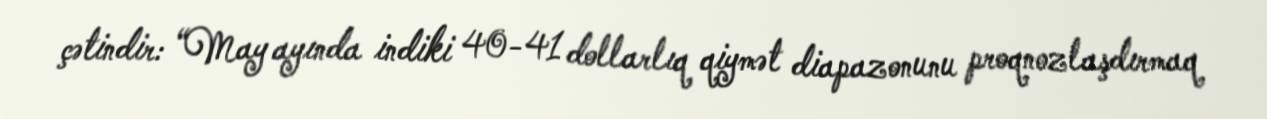
çətindir: “May ayında indiki 40-41 dollarlıq qiymət diapazonunu proqnozlaşdırmaq